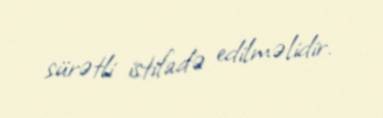
sürətli istifadə edilməlidir.